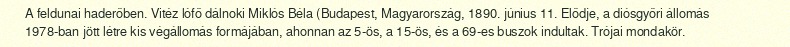
A feldunai haderőben. Vitéz lófő dálnoki Miklós Béla (Budapest, Magyarország, 1890. június 11. Elődje, a diósgyőri állomás 1978-ban jött létre kis végállomás formájában, ahonnan az 5-ös, a 15-ös, és a 69-es buszok indultak. Trójai mondakör.